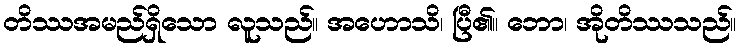
တိဿအမည်ရှိသော လူသည်။ အဟောသိ၊ ပြီ၏။ ဘော၊ အိုတိဿသည်။